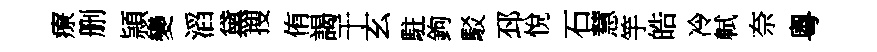
療删頴變滔黛搜侑謁干玄駐鉤駁邳悅石慧竽皓冷軾奈粵